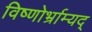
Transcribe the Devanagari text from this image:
विष्णोर्भ्राम्यद्